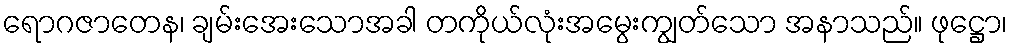
ရောဂဇာတေန၊ ချမ်းအေးသောအခါ တကိုယ်လုံးအမွေးကျွတ်သော အနာသည်။ ဖုဋ္ဌော၊